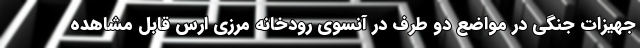
جهیزات جنگی در مواضع دو طرف در آنسوی رودخانه مرزی ارس قابل مشاهده